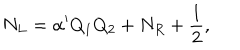
N _ { L } = \alpha ^ { \prime } Q _ { 1 } Q _ { 2 } + N _ { R } + { \frac { 1 } { 2 } } ,